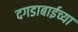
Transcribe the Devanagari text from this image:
दगडाबाईच्या